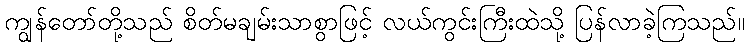
ကျွန်တော်တို့သည် စိတ်မချမ်းသာစွာဖြင့် လယ်ကွင်းကြီးထဲသို့ ပြန်လာခဲ့ကြသည်။